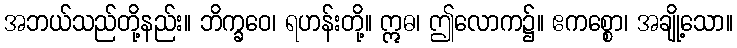
အဘယ်သည်တို့နည်း။ ဘိက္ခဝေ၊ ရဟန်းတို့။ ဣဓ၊ ဤလောက၌။ ဧကစ္စော၊ အချို့သော။